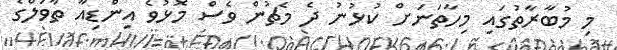
މި މުބާރާތުގައި މިހާތަނަށް ކުޅުނު ދެ މެޗުން ވެސް މޮޅުވެ އިންޑިއާ ތާވަލްގެ